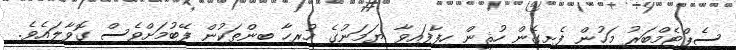
ސެޕްޓެމްބަރު މަހުން ފެށިގެން ހުޘީން ހިފާފައިވާ ޔަމަނުގެ ހުރިހާ ބިންތަކުން ފޭބުމަށްވެސް ގޮވާލައެވެ.